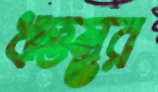
ঋতম্ভর